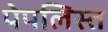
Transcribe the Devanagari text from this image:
पेपलिस्त